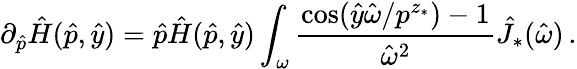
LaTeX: \partial_{\hat{p}}\hat{H}(\hat{p},\hat{y})=\hat{p}\hat{H}(\hat{p},\hat{y})\int_{\omega}\frac{\cos(\hat{y}\hat{\omega}/p^{z_{*}})-1}{\hat{\omega}^{2}}\hat{J}_{*}(\hat{\omega})\, .